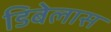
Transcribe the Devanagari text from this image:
डिबेलास